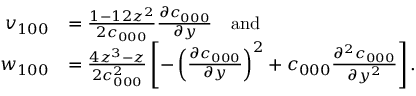
\begin{array} { r l } { v _ { 1 0 0 } } & { = \frac { 1 - 1 2 z ^ { 2 } } { 2 c _ { 0 0 0 } } \frac { \partial c _ { 0 0 0 } } { \partial y } \quad \mathrm { a n d } } \\ { w _ { 1 0 0 } } & { = \frac { 4 z ^ { 3 } - z } { 2 c _ { 0 0 0 } ^ { 2 } } \left[ - \left( \frac { \partial c _ { 0 0 0 } } { \partial y } \right) ^ { 2 } + c _ { 0 0 0 } \frac { \partial ^ { 2 } c _ { 0 0 0 } } { \partial y ^ { 2 } } \right] . } \end{array}